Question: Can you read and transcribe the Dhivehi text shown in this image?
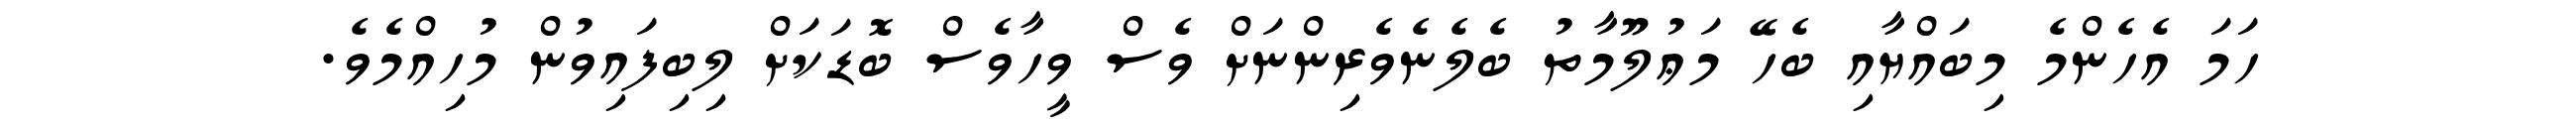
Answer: ހަމަ އެހެންމެ މިބައްޔާއި ބެހޭ މަޢުލޫމާތު ބެލެނެވެރިންނަށް ވެސް ވީހާވެސް ބޮޑަކަށް ލިބިފައިވުން މުހިއްމެވެ.